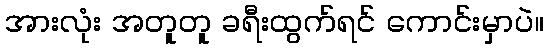
အားလုံး အတူတူ ခရီးထွက်ရင် ကောင်းမှာပဲ။